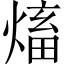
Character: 𱫺